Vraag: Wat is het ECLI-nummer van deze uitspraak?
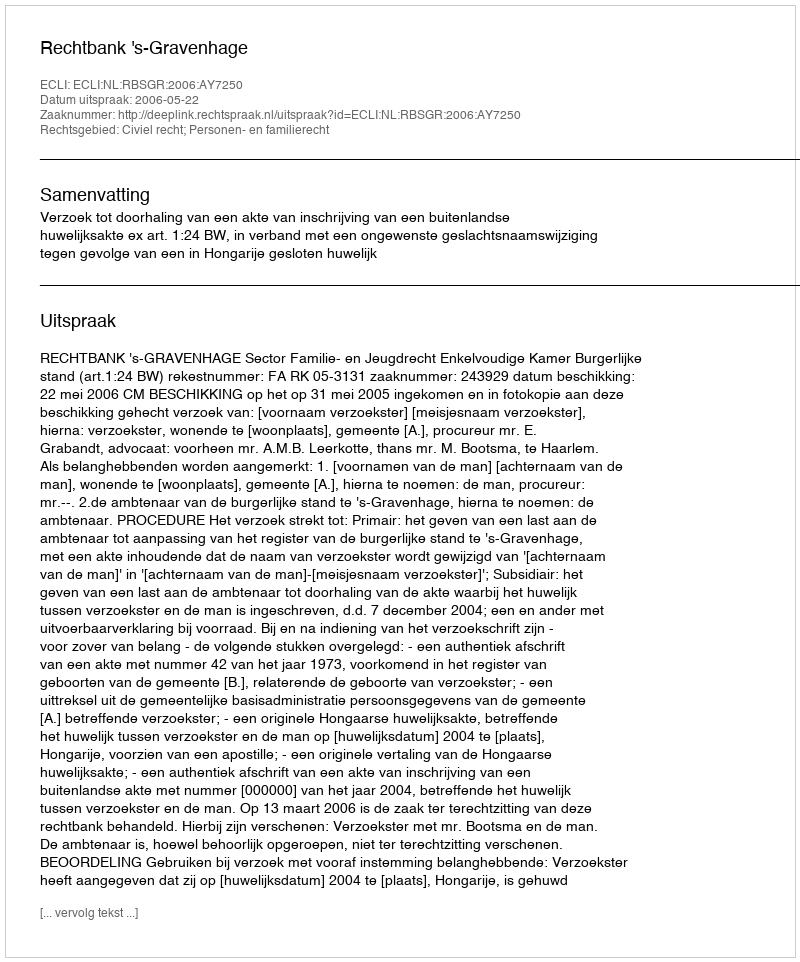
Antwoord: ECLI:NL:RBSGR:2006:AY7250